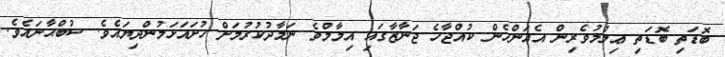
ބޮޑަތި ބޮޑަތި ޢިލްމުވެރިން އެއަންހެން ކުއްޖާހެ ޖަނާޒާގައި އިމާމްވެ ނަމާދުކުރުމަށް ހުށައަޅަމުންދިޔައެވެ. ސުބްޙާނައެވެ.